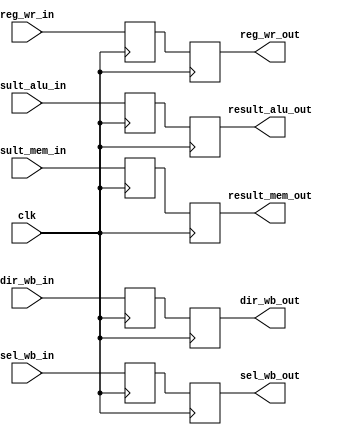
module registro_mem_wb (clk,
								result_alu_in,
								result_mem_in,
								dir_wb_in,
								sel_wb_in,
								reg_wr_in,
								result_alu_out,
								result_mem_out,
								dir_wb_out,
								sel_wb_out,
								reg_wr_out);

								
reg [31:0] result_alu;
reg [31:0] result_mem;
reg [3:0] dir_wb;
reg sel_wb;
reg reg_wr;

input clk;
input wire [31:0] result_alu_in;
input wire [31:0] result_mem_in;
input wire [3:0] dir_wb_in;
input wire sel_wb_in;
input wire reg_wr_in;

output reg [31:0] result_alu_out;
output reg [31:0] result_mem_out;
output reg [3:0] dir_wb_out;
output reg sel_wb_out;
output reg reg_wr_out;

always @(posedge clk)
begin
    result_alu <= result_alu_in;
	 result_mem <= result_mem_in;
	 dir_wb <= dir_wb_in;
	 sel_wb<= sel_wb_in;
	 reg_wr<= reg_wr_in;
end

always @(negedge clk)
begin
    result_alu_out <= result_alu;
	 result_mem_out <= result_mem;
	 dir_wb_out <= dir_wb;
	 sel_wb_out<= sel_wb;
	 reg_wr_out<= reg_wr;
end


endmodule